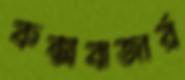
কক্সবাজার্র